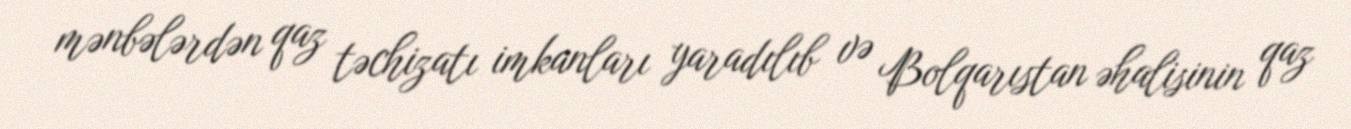
mənbələrdən qaz təchizatı imkanları yaradılıb və Bolqarıstan əhalisinin qaz